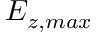
E _ { z , m a x }